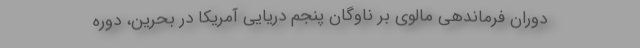
دوران فرماندهی مالوی بر ناوگان پنجم دریایی آمریکا در بحرین، دوره